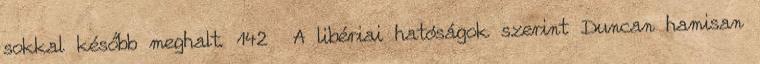
sokkal később meghalt. 142 A libériai hatóságok szerint Duncan hamisan